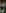
: